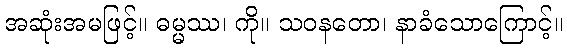
အဆုံးအမဖြင့်။ ဓမ္မဿ၊ ကို။ သဝနတော၊ နာခံသောကြောင့်။